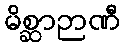
မိစ္ဆာဉာဏီ